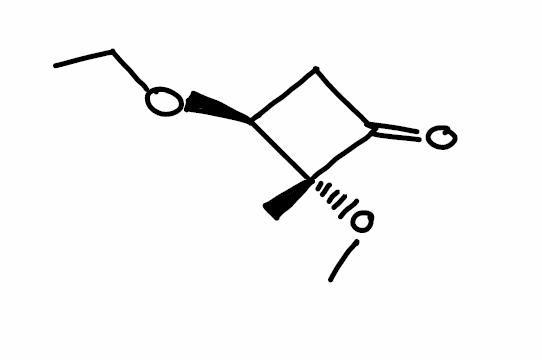
Simplified molecular-input line-entry system (SMILES) notation of the given molecule:
CCO[C@H]1CC(=O)[C@]1(C)OC